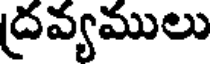
ద్రవ్యములు